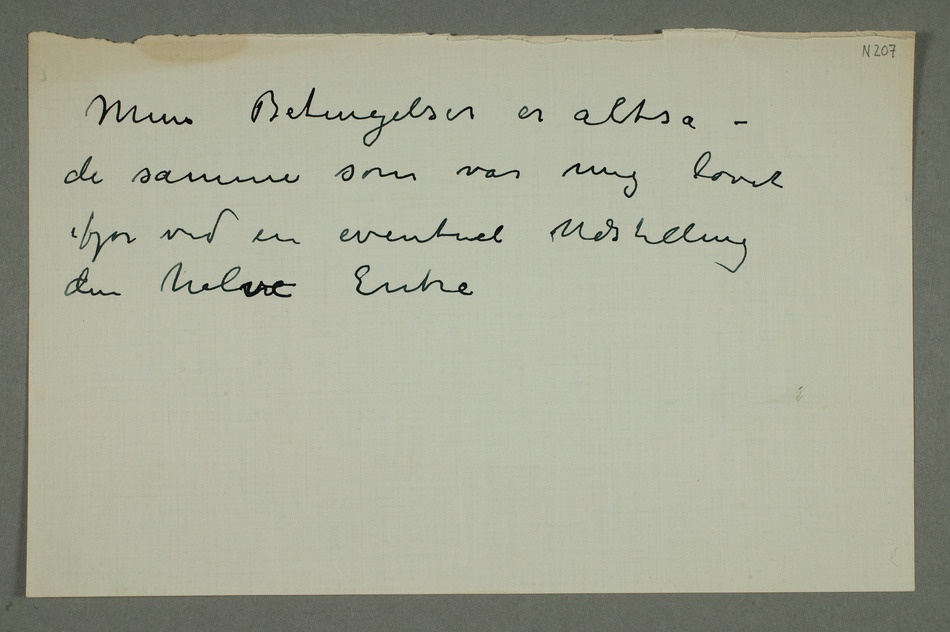
Mine Betingelser er altså –
de samme som var mig lovet
ifjor ved en eventuel Udstilling
den halve Entre